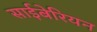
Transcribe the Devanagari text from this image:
साईबेरियन